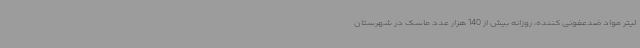
لیتر مواد ضدعفونی کننده، روزانه بیش از 140 هزار عدد ماسک در شهرستان